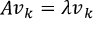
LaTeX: A { \boldsymbol { v } } _ { k } = \lambda { \boldsymbol { v } } _ { k }